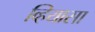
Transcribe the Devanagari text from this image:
व्हियासा